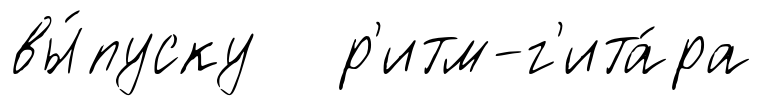
вы́пуску р'итм-г'ита́ра